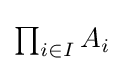
{\textstyle \prod _{i\in I}A_{i}}